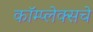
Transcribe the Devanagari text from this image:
कॉम्प्लेक्सचे